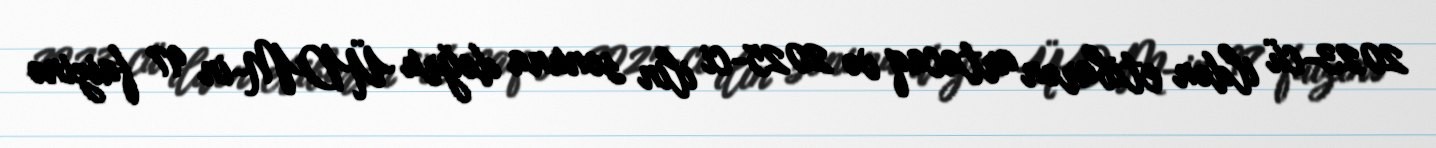
2023-cü ildən etibarən artacaq və 2025-ci ilin sonuna doğru ÜDM-in 97 faizinə